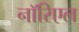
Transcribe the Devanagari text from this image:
नॉरिएल